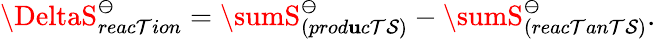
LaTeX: \DeltaS_{reac\mathcal{T}ion}^{\ominus}=\sumS_{(prod\mathbf{u}c\mathcal{T}\mathcal{S})}^{\ominus}-\sumS_{(reac\mathcal{T}an\mathcal{T}\mathcal{S})}^{\ominus}.